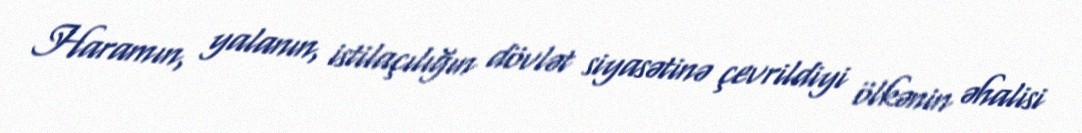
Haramın, yalanın, istilaçılığın dövlət siyasətinə çevrildiyi ölkənin əhalisi